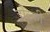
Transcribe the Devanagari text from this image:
डोल्की